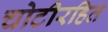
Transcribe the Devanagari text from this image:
चोटीरहित